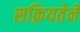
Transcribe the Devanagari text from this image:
सक्रियतेने